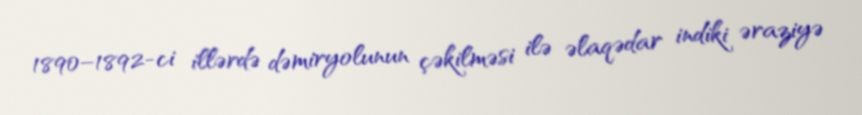
1890–1892-ci illərdə dəmiryolunun çəkilməsi ilə əlaqədar indiki əraziyə